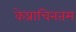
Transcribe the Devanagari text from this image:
केप्राचिनतम